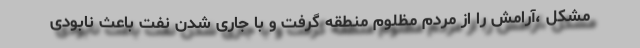
مشکل ،آرامش را از مردم مظلوم منطقه گرفت و با جاری شدن نفت باعث نابودی